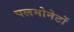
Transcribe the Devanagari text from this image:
पलमोनेटों